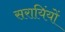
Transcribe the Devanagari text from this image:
सरायिंयों